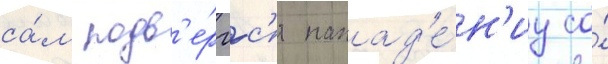
са́м подв'е́ргс'я напад'е́н'иу со́